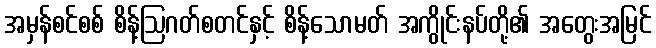
အမှန်စင်စစ် စိန့်ဩဂတ်စတင်နှင့် စိန့်သောမတ် အကွိုင်းနပ်တို့၏ အတွေးအမြင်